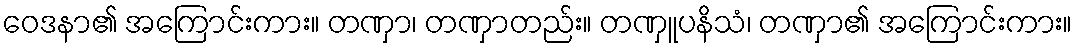
ဝေဒနာ၏ အကြောင်းကား။ တဏှာ၊ တဏှာတည်း။ တဏှူပနိသံ၊ တဏှာ၏ အကြောင်းကား။